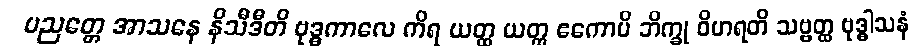
ပညတ္တေ အာသနေ နိသီဒီတိ ဗုဒ္ဓကာလေ ကိရ ယတ္ထ ယတ္ထ ဧကောပိ ဘိက္ခု ဝိဟရတိ သဗ္ဗတ္ထ ဗုဒ္ဓါသနံ